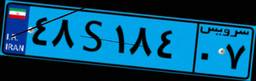
۸۷S۰۳۳۸۴